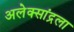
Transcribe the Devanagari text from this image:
अलेक्सांद्रला